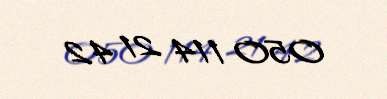
050 114 21 42